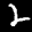
Label: 2